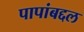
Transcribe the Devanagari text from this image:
पापांबद्दल